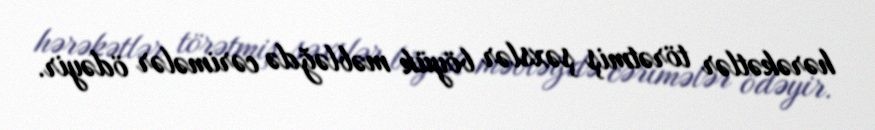
hərəkətlər törətmiş şəxslər böyük məbləğdə cərimələr ödəyir.